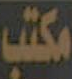
مكتب